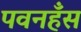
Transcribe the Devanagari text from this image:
पवनहँस